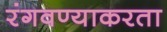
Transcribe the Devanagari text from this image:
रंगवण्याकरता